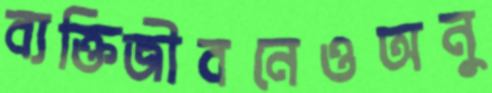
ব্যক্তিজীবনেওঅনু